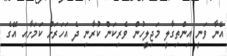
އޭނާ ވަނީ އިންތިގާލީ މަޖިލީހުން ވެރިކަން ކުރާނި ދެ އަހަރަށް ކަމަށާއި އޭގެ